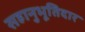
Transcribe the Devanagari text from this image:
सहानुभूतिदार